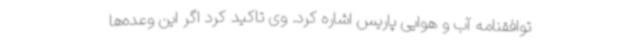
توافقنامه آب و هوایی پاریس اشاره کرد. وی تاکید کرد اگر این وعده‌ها